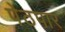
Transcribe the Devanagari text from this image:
पेठपार